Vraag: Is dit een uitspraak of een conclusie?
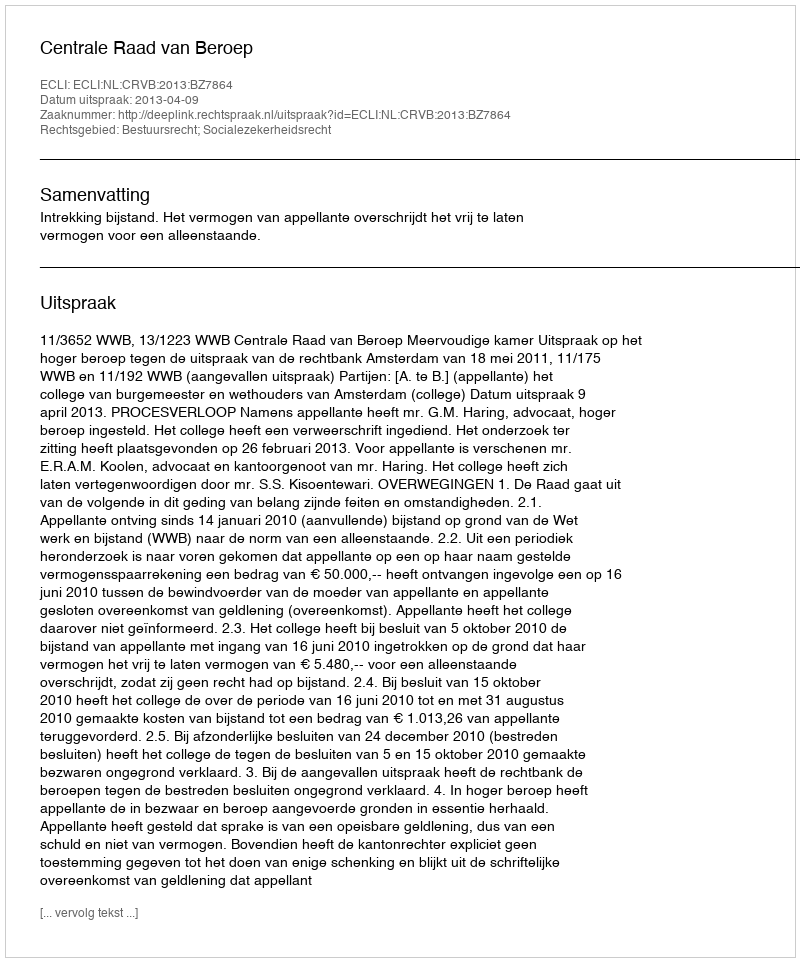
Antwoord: Uitspraak